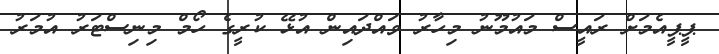
ޕީޕީއެމަށް ރައީސް މައުމޫނު މިހާރު ވައްދައިން އުޅޭ ކުރީގެ ހޯމް މިނިސްޓަރު އުމަރު